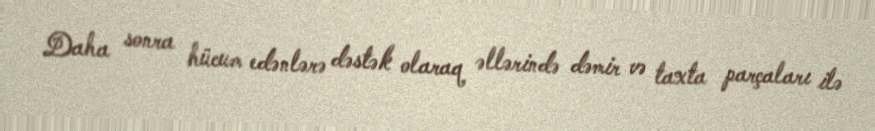
Daha sonra hücum edənlərə dəstək olaraq əllərində dəmir və taxta parçaları ilə